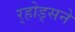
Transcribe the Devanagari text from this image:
र्‍होड्सने